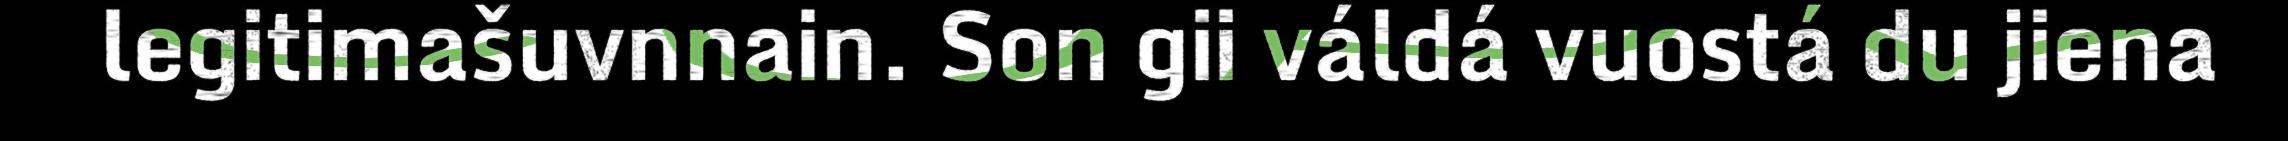
legitimašuvnnain. Son gii váldá vuostá du jiena